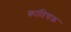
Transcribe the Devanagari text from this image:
कांतिचक्र